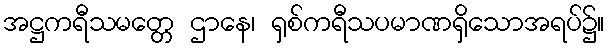
အဋ္ဌကရီသမတ္တေ ဌာနေ၊ ရှစ်ကရီသပမာဏရှိသောအရပ်၌။